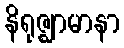
နိရုဇ္ဈာမာနာ